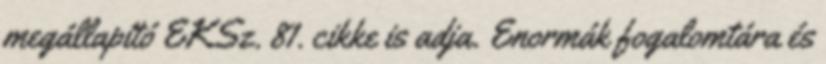
megállapító EKSz. 81. cikke is adja. Enormák fogalomtára és